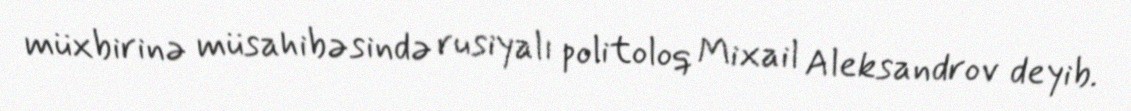
müxbirinə müsahibəsində rusiyalı politoloq Mixail Aleksandrov deyib.